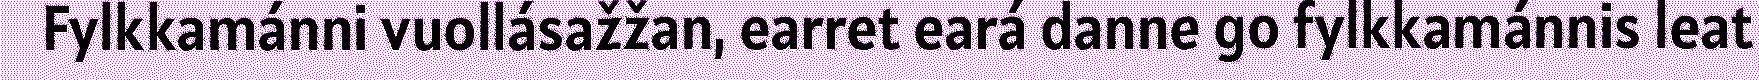
Fylkkamánni vuollásažžan, earret eará danne go fylkkamánnis leat